Indian journal of veterinary science and animal husbandry - Volumes 24-25, 1954-1955
Year: 1954
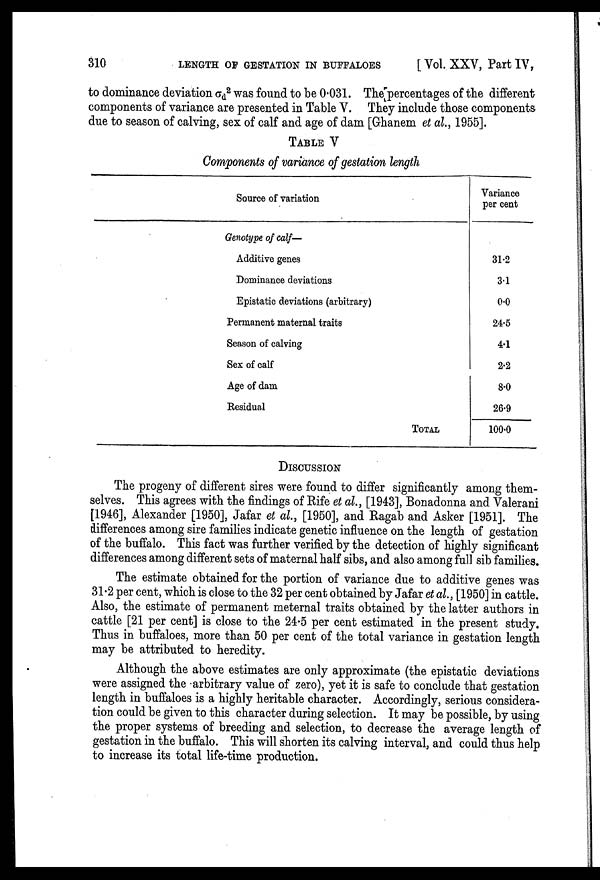
310
LENGTH OF GESTATION IN BUFFALOES
[ Vol. XXV, Part IV,
to dominance deviation σ d
2 was found to be 0.031. The percentages of the different
components of variance are presented in Table V. They include those components
due to season of calving, sex of calf and age of dam [Ghanem et al., 1955].
TABLE V
Components of variance of gestation length
Source of variation
Genotype of calf-
Additive genes
Dominance deviations
Epistatic deviations (arbitrary)
Permanent maternal traits
Season of calving
Sex of calf
Age of dam
Residual
TOTAL
Variance
per cent
31.2
3.1
0.0
24.5
4.1
2.2
8.0
26.9
100.0
DISCUSSION
The progeny of different sires were found to differ significantly among them
selves. This agrees with the findings of Rife et al., [1943], Bonadonna and Valerani
[1946], Alexander [1950], Jafar et al., [1950], and Ragab and Asker [1951]. The
differences among sire families indicate genetic influence on the length of gestation
of the buffalo. This fact was further verified by the detection of highly significant
differences among different sets of maternal half sibs, and also among full sib families.
The estimate obtained for the portion of variance due to additive genes was
31.2 per cent, which is close to the 32 per cent obtained by Jafar et al., [1950] in cattle.
Also, the estimate of permanent meternal traits obtained by the latter authors in
cattle [21 per cent] is close to the 24.5 per cent estimated in the present study.
Thus in buffaloes, more than 50 per cent of the total variance in gestation length
may be attributed to heredity.
Although the above estimates are only approximate (the epistatic deviations
were assigned the arbitrary value of zero), yet it is safe to conclude that gestation
length in buffaloes is a highly heritable character. Accordingly, serious considera
tion could be given to this character during selection. It may be possible, by using
the proper systems of breeding and selection, to decrease the average length of
gestation in the buffalo. This will shorten its calving interval, and could thus help
to increase its total life-time production.